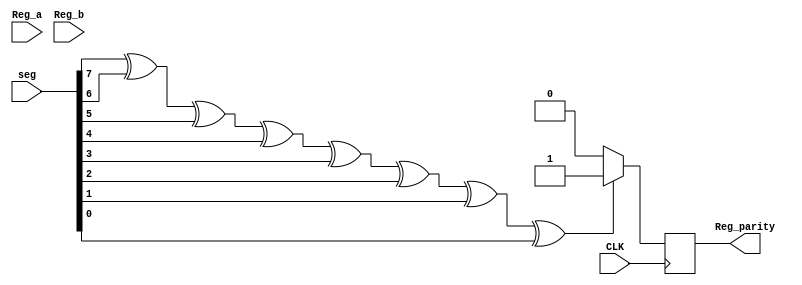
`timescale 1ns / 1ps
//////////////////////////////////////////////////////////////////////////////////
// Company: 
// Engineer: 
// 
// Design Name: 
// Module Name: Parity_Flag
// Project Name: 
// Target Devices: 
// Tool Versions: 
// Description: 
// The input ports are Reg_a, Reg_b, seg and CLK. The output port is Reg_parity.
// The value Reg_parity shows whether the output of ALU is zero.
// Dependencies: 
// 
// Revision:
// Revision 0.01 - File Created
// Additional Comments:
// 
//////////////////////////////////////////////////////////////////////////////////


module Parity_Flag(CLK,Reg_a,Reg_b,seg,Reg_parity);
input [7:0] Reg_a;
input [7:0] Reg_b;
input [7:0] seg;
input CLK;
output reg Reg_parity;
reg p;
always@(posedge CLK)
begin p=seg[7]^seg[6]^seg[5]^seg[4]^seg[3]^seg[2]^seg[1]^seg[0];
  if (p==1)
  Reg_parity=1;//11
  else Reg_parity=0;
  end
endmodule